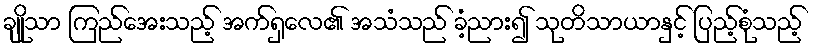
ချိုသာ ကြည်အေးသည့် အက်ရှလေ၏ အသံသည် ခံ့ညား၍ သုတိသာယာနှင့် ပြည့်စုံသည့်